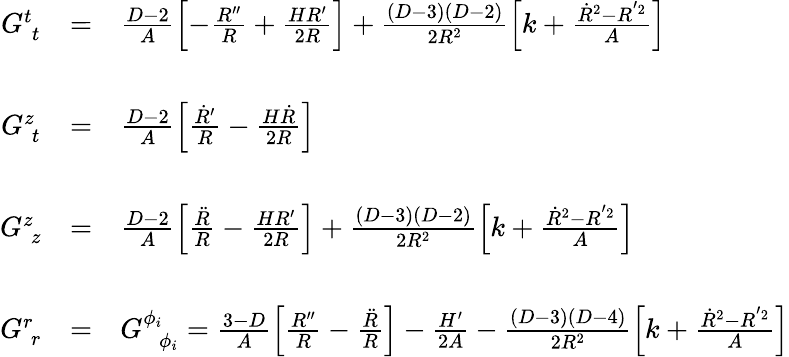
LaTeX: \left.\begin{array}{ccl}{{G_{\; t}^{t}}}&{{=}}&{{\frac{D-2}{A}\left[-\frac{R^{\prime\prime}}{R}+\frac{HR^{\prime}}{2R}\right]+\frac{(D-3)(D-2)}{2R^{2}}\left[k+\frac{\dot{R}^{2}-R^{'2}}{A}\right]}}\\ {{{\mathrm{~}}}}&{{}}&{{{\mathrm{~}}}}\\ {{G_{\; t}^{z}}}&{{=}}&{{\frac{D-2}{A}\left[{\frac{\dot{R}^{\prime}}{R}}-{\frac{H\dot{R}}{2R}}\right]}}\\ {{{\mathrm{~}}}}&{{}}&{{{\mathrm{~}}}}\\ {{G_{\; z}^{z}}}&{{=}}&{{\frac{D-2}{A}\left[\frac{\ddot{R}}{R}-\frac{HR^{\prime}}{2R}\right]+\frac{(D-3)(D-2)}{2R^{2}}\left[k+\frac{\dot{R}^{2}-R^{'2}}{A}\right]}}\\ {{{\mathrm{~}}}}&{{}}&{{{\mathrm{~}}}}\\ {{G_{\; r}^{r}}}&{{=}}&{{G_{\; \; \phi_{i}}^{\phi_{i}}=\frac{3-D}{A}\left[{\frac{R^{\prime\prime}}{R}}-{\frac{\ddot{R}}{R}}\right]-{\frac{H^{\prime}}{2A}}-\frac{(D-3)(D-4)}{2R^{2}}\left[k+\frac{\dot{R}^{2}-R^{'2}}{A}\right]}}\end{array}\right.